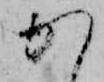
か